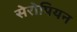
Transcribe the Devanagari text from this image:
सेरोपियन